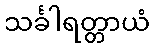
သင်္ခါရတ္တာယံ